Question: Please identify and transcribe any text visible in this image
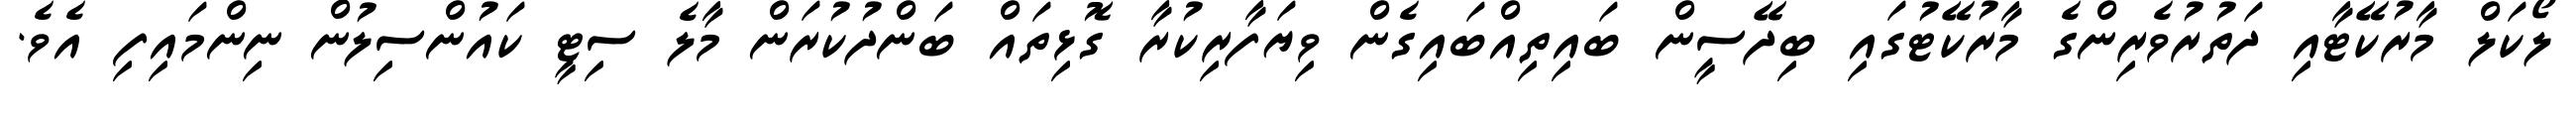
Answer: ލޯކަލް މާރުކޭޓާއި ދަތުރުވެރިންގެ މާރުކޭޓުގައި ބިދޭސީން ބައިތިއްބައިގެން ވިޔަފާރިކުރާ ގޮޅިތައް ބަންދުކުރަން މާލެ ސިޓީ ކައުންސިލުން ނިންމައިފި އެވެ.